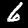
Label: 6